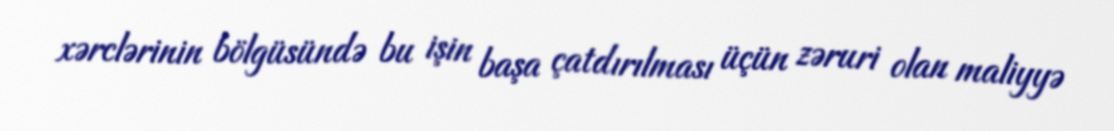
xərclərinin bölgüsündə bu işin başa çatdırılması üçün zəruri olan maliyyə